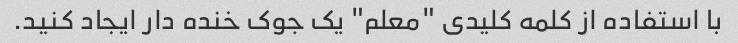
با استفاده از کلمه کلیدی "معلم" یک جوک خنده دار ایجاد کنید.